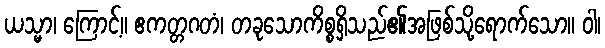
ယသ္မာ၊ ကြောင့်။ ဧကတ္တဂတံ၊ တခုသောကိစ္စရှိသည်၏အဖြစ်သို့ရောက်သော။ ဝါ၊